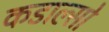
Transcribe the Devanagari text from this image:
कडाल्सो